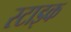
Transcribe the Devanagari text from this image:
स्टाइक